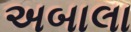
અબાલા